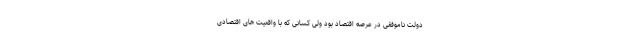
دولت ناموفقی در عرصه اقتصاد بود ولی کسانی که با واقعیت های اقتصادی